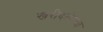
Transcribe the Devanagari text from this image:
खरीदलेल्या